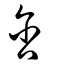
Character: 含